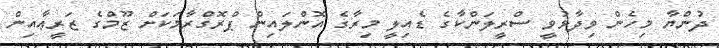
ދުންޔާ މިހެން ވިދާޅުވީ ސްރީލަންކާގެ ޑެއިލީ މިރާގެ އޮންލައިން ޕްރޮގްރާމަކަށް ޒޫމްގެ ޒަރީޢާއިން